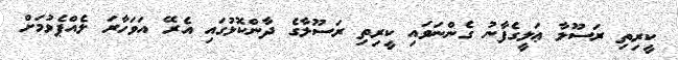
ކީރިތި ރަސޫލާ ޢަލީގެފާނު ގެންނަވައި ކީރިތި ރަސޫލާގެ ދާންކޮޅުގައި އެރޭ އަވަހާރަ ލެއްޕެވުމަށް